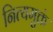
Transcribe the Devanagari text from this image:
नित्यमुक्तं